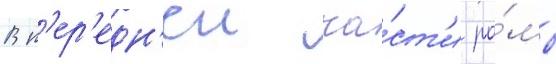
В п'ер'едн'еи ча́ст'и ра́мы